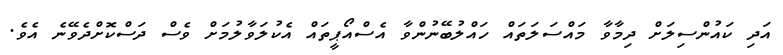
އަދި ކައުންސިލަށް ދިމާވާ މައްސަލަތައް ހައްލުބޭނުންވާ އެސްއޯޕީތައް އެކުލަވާލުމަށް ވެސް ދަސްކޮށްދެވޭނެ އެވެ.